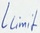
Text: Llimit